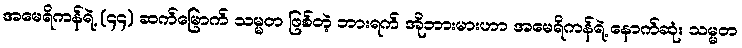
အမေရိကန်ရဲ့ (၄၄) ဆက်မြောက် သမ္မတ ဖြစ်တဲ့ ဘားရက် အိုဘားမားဟာ အမေရိကန်ရဲ့ နောက်ဆုံး သမ္မတ